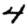
Digit: 4